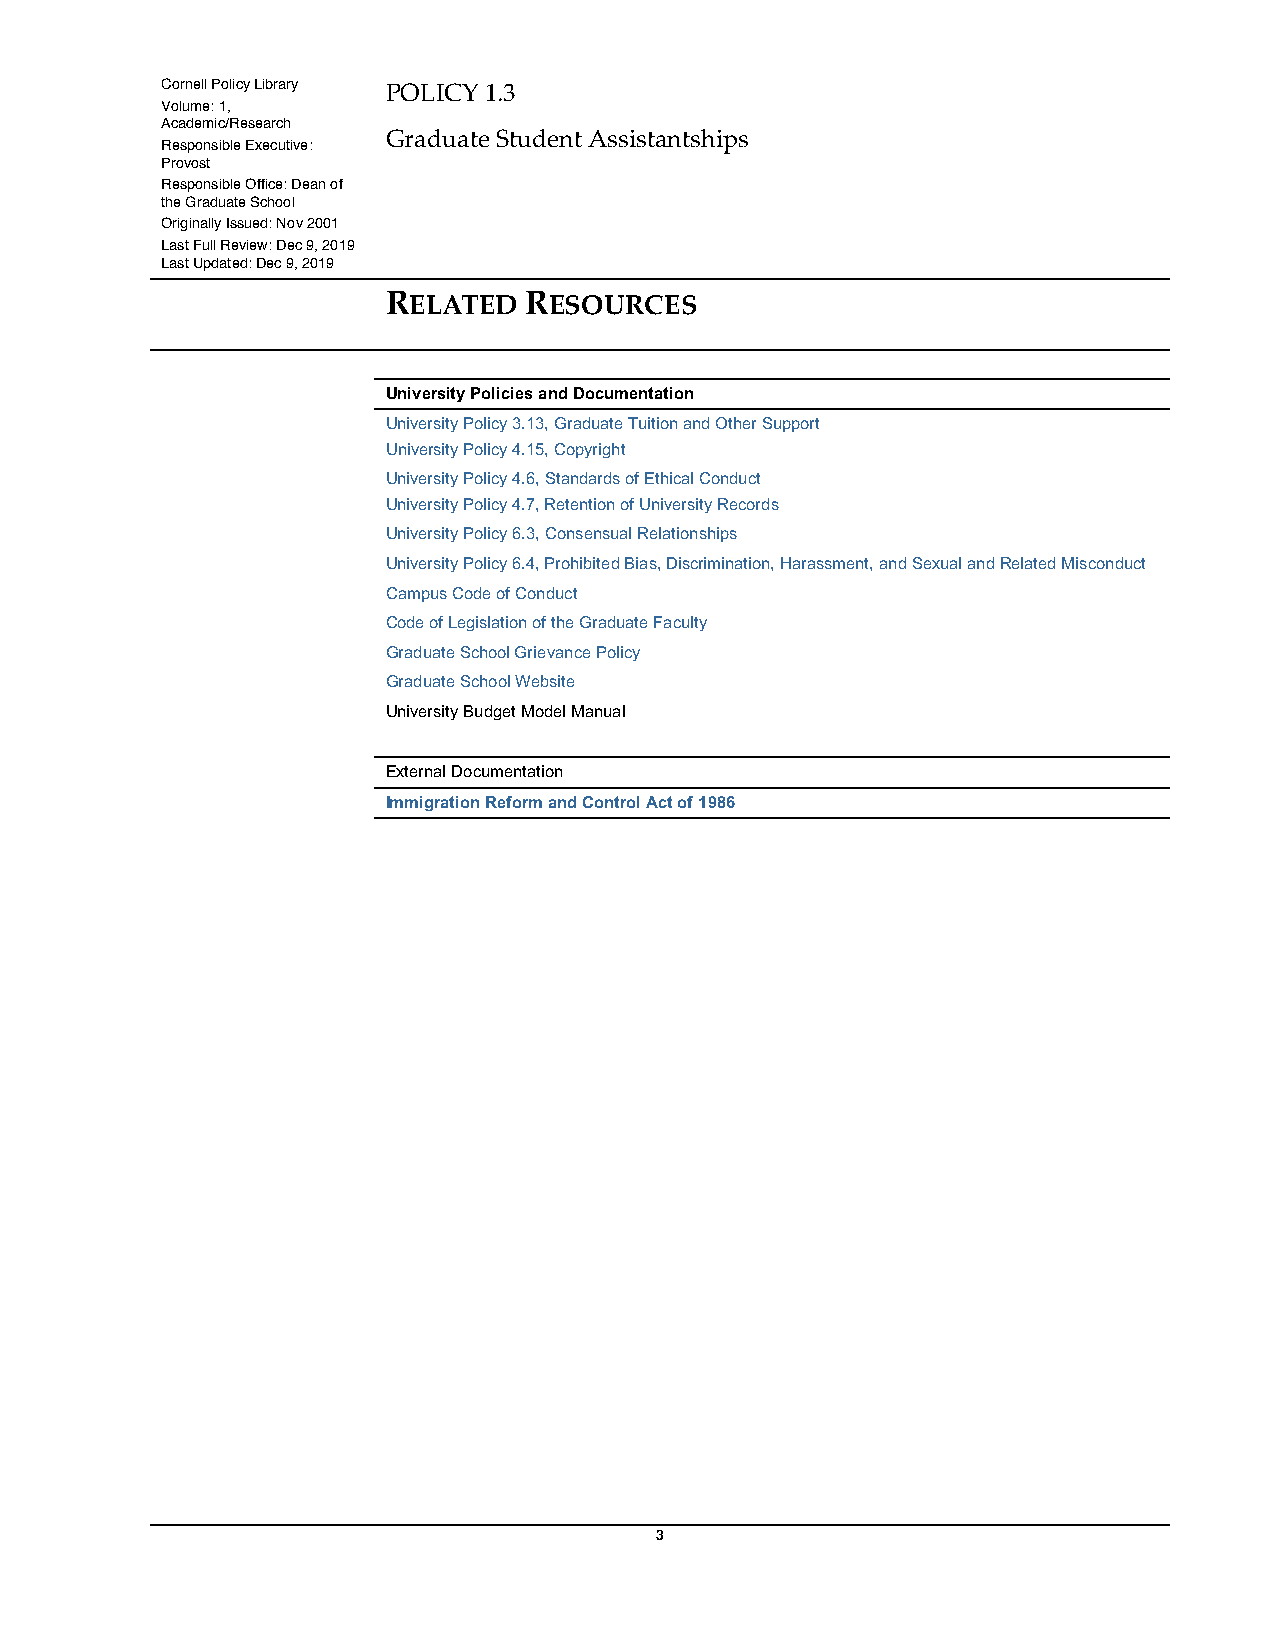
Cornell Policy Library POLICY 1.3
 Volume: 1,
 Academic/Research
 Graduate Student Assistantships
 Responsible Executive:
 Provost
 Responsible Office: Dean of
 the Graduate School
 Originally Issued: Nov 2001
 Last Full Review: Dec 9, 2019
 Last Updated: Dec 9, 2019
 RELATED  RESOURCES
 University Policies and Documentation
 University Policy 3.13, Graduate Tuition and Other Support
 University Policy 4.15, Copyright
 University Policy 4.6, Standards of Ethical Conduct
 University Policy 4.7, Retention of University Records
 University Policy 6.3, Consensual Relationships
 University Policy 6.4, Prohibited Bias, Discrimination, Harassment, and Sexual and Related Misconduct
 Campus Code of Conduct
 Code of Legislation of the Graduate Faculty
 Graduate School Grievance Policy
 Graduate School Website
 University Budget Model Manual
 External Documentation
 Immigration Reform and Control Act of 1986
 3